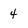
Character: 4